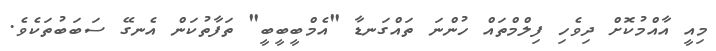
މިއީ އާއްމުކޮށް ދިވެހި ފިލްމްތައް ހުންނަ ތައްގަނޑާ "އެމްބީބީބީ" ތަފާތުކަން އެނގޭ ސަބަބުތަކެވެ.